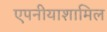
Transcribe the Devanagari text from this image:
एपनीयाशामिल